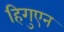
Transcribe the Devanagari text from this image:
हिगुएन